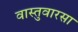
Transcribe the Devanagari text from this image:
वास्तुवारसा